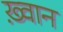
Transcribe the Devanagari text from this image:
ख़्वान